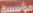
مؤسسة